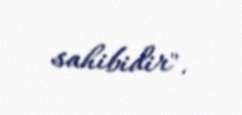
sahibidir".